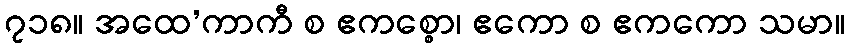
၇၁၈။ အထေ’ကာကီ စ ဧကစ္စော၊ ဧကော စ ဧကကော သမာ။